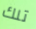
تلك